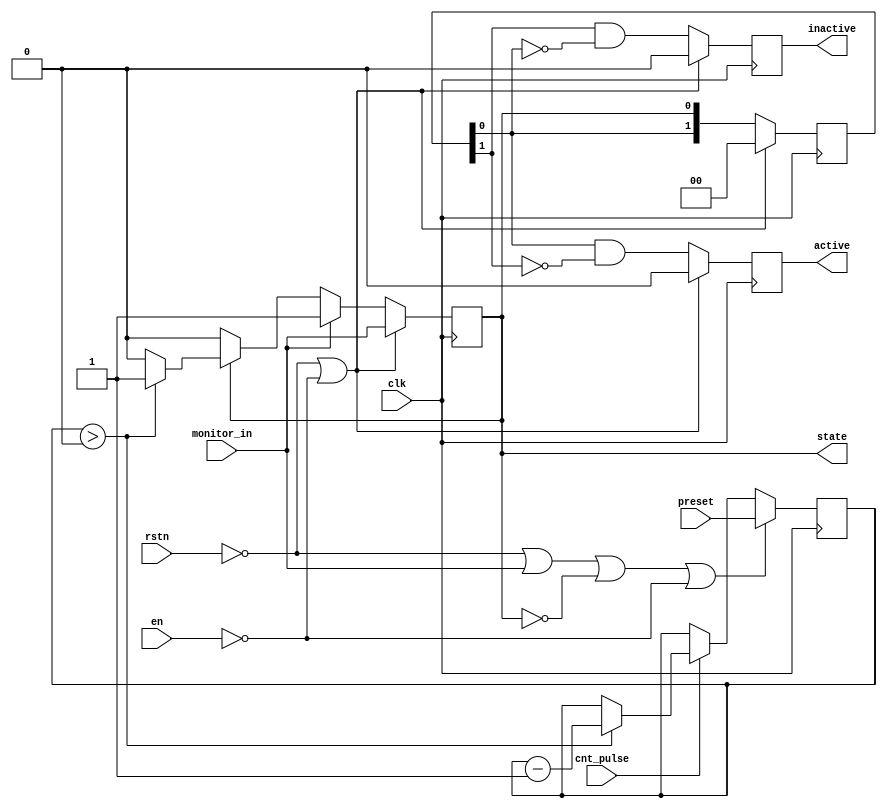

// verilog_format: off
`resetall
`timescale 1ns / 1ps
`default_nettype none
// verilog_format: on

module util_watch_dog (
    input  wire        clk,
    input  wire        rstn,
    input  wire        en,          //
    input  wire [31:0] preset,      //
    input  wire        monitor_in,  //
    input  wire        cnt_pulse,   //
    output reg         state,       //
    output reg         active,      //
    output reg         inactive     //
);
    reg [31:0] cnt = 32'd320;
    always @(posedge clk) begin
        if (~rstn | monitor_in | ~state | ~en) begin
            cnt <= preset;
        end else begin
            if (cnt_pulse) begin
                if (cnt > 0) begin
                    cnt <= cnt - 1;
                end else begin
                    cnt <= cnt;
                end
            end
        end
    end

    always @(posedge clk) begin
        if (~rstn | ~en) begin
            state <= monitor_in;
        end else begin
            if (monitor_in == 1'b1) begin
                state <= 1'b1;
            end else begin
                if (state) begin
                    if (cnt > 0) begin
                        state <= 1'b1;
                    end else begin
                        state <= 1'b0;
                    end
                end else begin
                    state <= 1'b0;
                end
            end
        end
    end

    reg [1:0] state_dd;
    always @(posedge clk) begin
        if (~rstn | ~en) begin
            state_dd <= 2'b0;
        end else begin
            state_dd <= {state_dd[0], state};
        end
    end

    always @(posedge clk) begin
        if (~rstn | ~en) begin
            active   <= 1'b0;
            inactive <= 1'b0;
        end else begin
            active   <= state_dd[0] & ~state_dd[1];
            inactive <= state_dd[1] & ~state_dd[0];
        end
    end

endmodule

// verilog_format: off
`resetall
// verilog_format: on